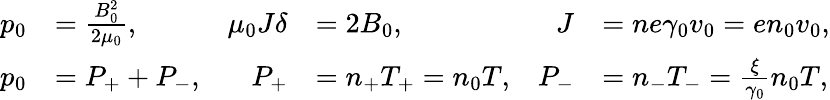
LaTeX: \begin{array}{rlrlrl}{p_{0}}&{=\frac{B_{0}^{2}}{2\mu_{0}},}&{\mu_{0}J\delta}&{=2B_{0},}&{J}&{=ne\gamma_{0}v_{0}=en_{0}v_{0},}\\ {p_{0}}&{=P_{+}+P_{-},}&{P_{+}}&{=n_{+}T_{+}=n_{0}T,}&{P_{-}}&{=n_{-}T_{-}=\frac{\xi}{\gamma_{0}}n_{0}T,}\end{array}